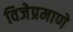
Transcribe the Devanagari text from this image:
विजेप्रमाणे